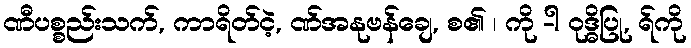
ဏီပစ္စည်းသက်, ကာရိတ်ငဲ့, ဏ်အနုဗန်ချေ, စ၏ ၊ ကို -ါ ဝုဒ္ဓိပြု, ရ်ကို